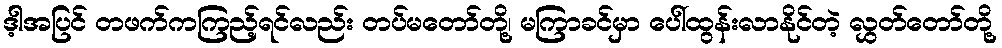
ဒ့ါအပြင် တဖက်ကကြည့်ရင်လည်း တပ်မတော်တို့၊ မကြာခင်မှာ ပေါ်ထွန်းလာနိုင်တဲ့ လွှတ်တော်တို့